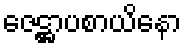
ဇေဋ္ဌာပစာယိနော